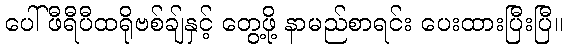
ပေါ်ဖီရီပီထရိုဗစ်ချ်နှင့် တွေ့ဖို့ နာမည်စာရင်း ပေးထားပြီးပြီ။